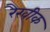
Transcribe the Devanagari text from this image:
रैखीक